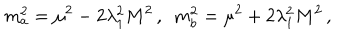
LaTeX: m _ { a } ^ { 2 } = \mu ^ { 2 } - 2 \lambda _ { 1 } ^ { 2 } M ^ { 2 } \, , \, \, \, m _ { b } ^ { 2 } = \mu ^ { 2 } + 2 \lambda _ { 1 } ^ { 2 } M ^ { 2 } \, ,